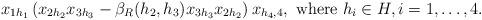
LaTeX: \begin{align*} x_{1 h_1}\left(x_{2 h_2}x_{3 h_3}-\beta_R(h_2,h_3)x_{3 h_3}x_{2 h_2}\right)x_{h_4,4}, \mbox{ where } h_i\in H, i=1,\dots, 4.\end{align*}